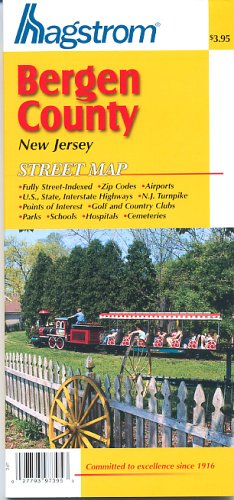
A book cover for Hagstrom Bergen County New Jersey Street Map; Hagstrom Map Company; Travel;